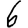
Digit: 6